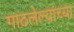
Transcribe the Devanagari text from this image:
गाठलेल्यांच्या